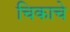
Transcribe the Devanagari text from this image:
चिकाचे